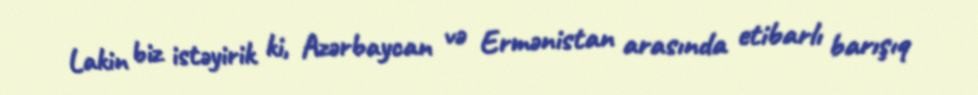
Lakin biz istəyirik ki, Azərbaycan və Ermənistan arasında etibarlı barışıq